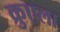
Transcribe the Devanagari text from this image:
क्रुएला